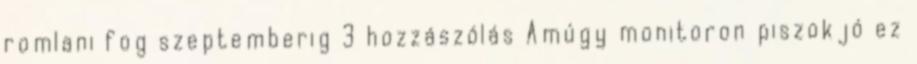
romlani fog szeptemberig 3 hozzászólás Amúgy monitoron piszokjó ez